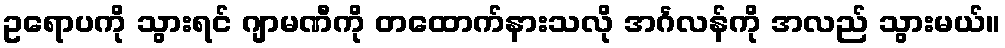
ဥရောပကို သွားရင် ဂျာမဏီကို တထောက်နားသလို အင်္ဂလန်ကို အလည် သွားမယ်။